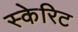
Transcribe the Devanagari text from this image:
स्केरिट